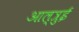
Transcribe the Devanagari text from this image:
आल्त्रुई